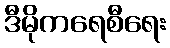
ဒီမိုကရေစီရေး